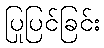
ပြုပြင်ခြင်း